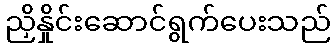
ညှိနှိုင်းဆောင်ရွက်ပေးသည်